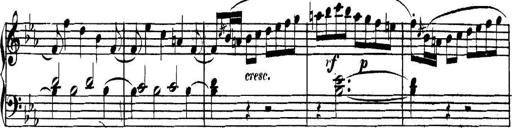
Title: Collected Piano Sonatas
Composer: Muzio Clementi